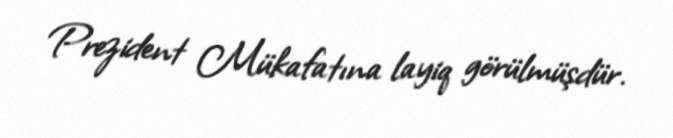
Prezident Mükafatına layiq görülmüşdür.